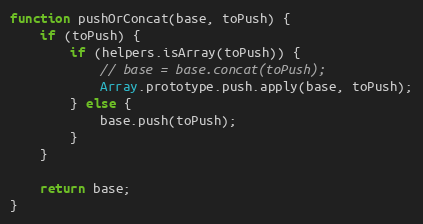
Language: JavaScript
function pushOrConcat(base, toPush) {
	if (toPush) {
		if (helpers.isArray(toPush)) {
			// base = base.concat(toPush);
			Array.prototype.push.apply(base, toPush);
		} else {
			base.push(toPush);
		}
	}

	return base;
}